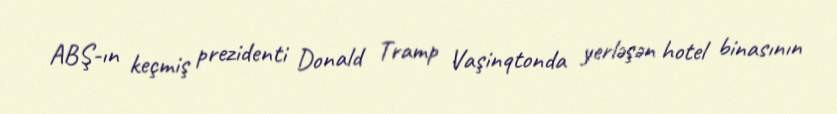
ABŞ-ın keçmiş prezidenti Donald Tramp Vaşinqtonda yerləşən hotel binasının